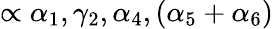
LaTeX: \propto\alpha_{1},\gamma_{2},\alpha_{4},(\alpha_{5}+\alpha_{6})